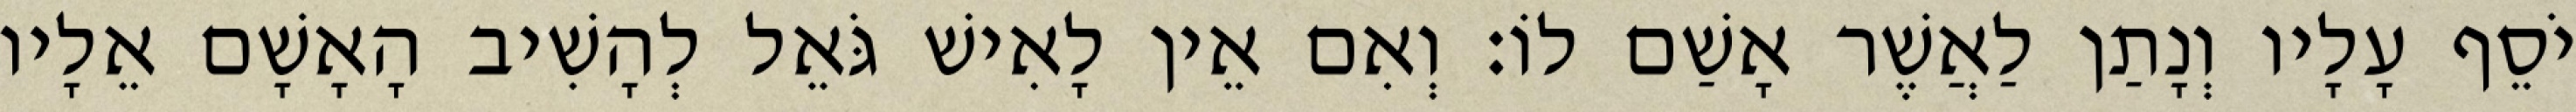
יֹסֵף עָלָיו וְנָתַן לַאֲשֶׁר אָשַׁם לוֹ׃ וְאִם אֵין לָאִישׁ גֹּאֵל לְהָשִׁיב הָאָשָׁם אֵלָיו